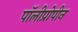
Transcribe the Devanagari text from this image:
पॉलीप्रोपीन